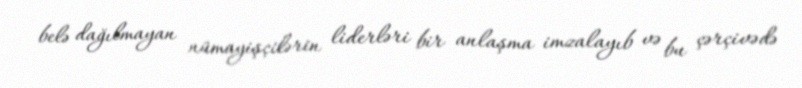
belə dağılmayan nümayişçilərin liderləri bir anlaşma imzalayıb və bu çərçivədə